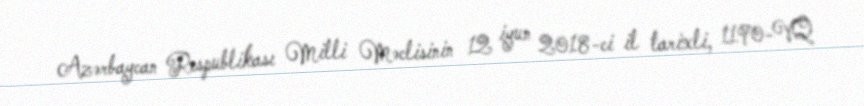
Azərbaycan Respublikası Milli Məclisinin 12 iyun 2018-ci il tarixli, 1190-VQ